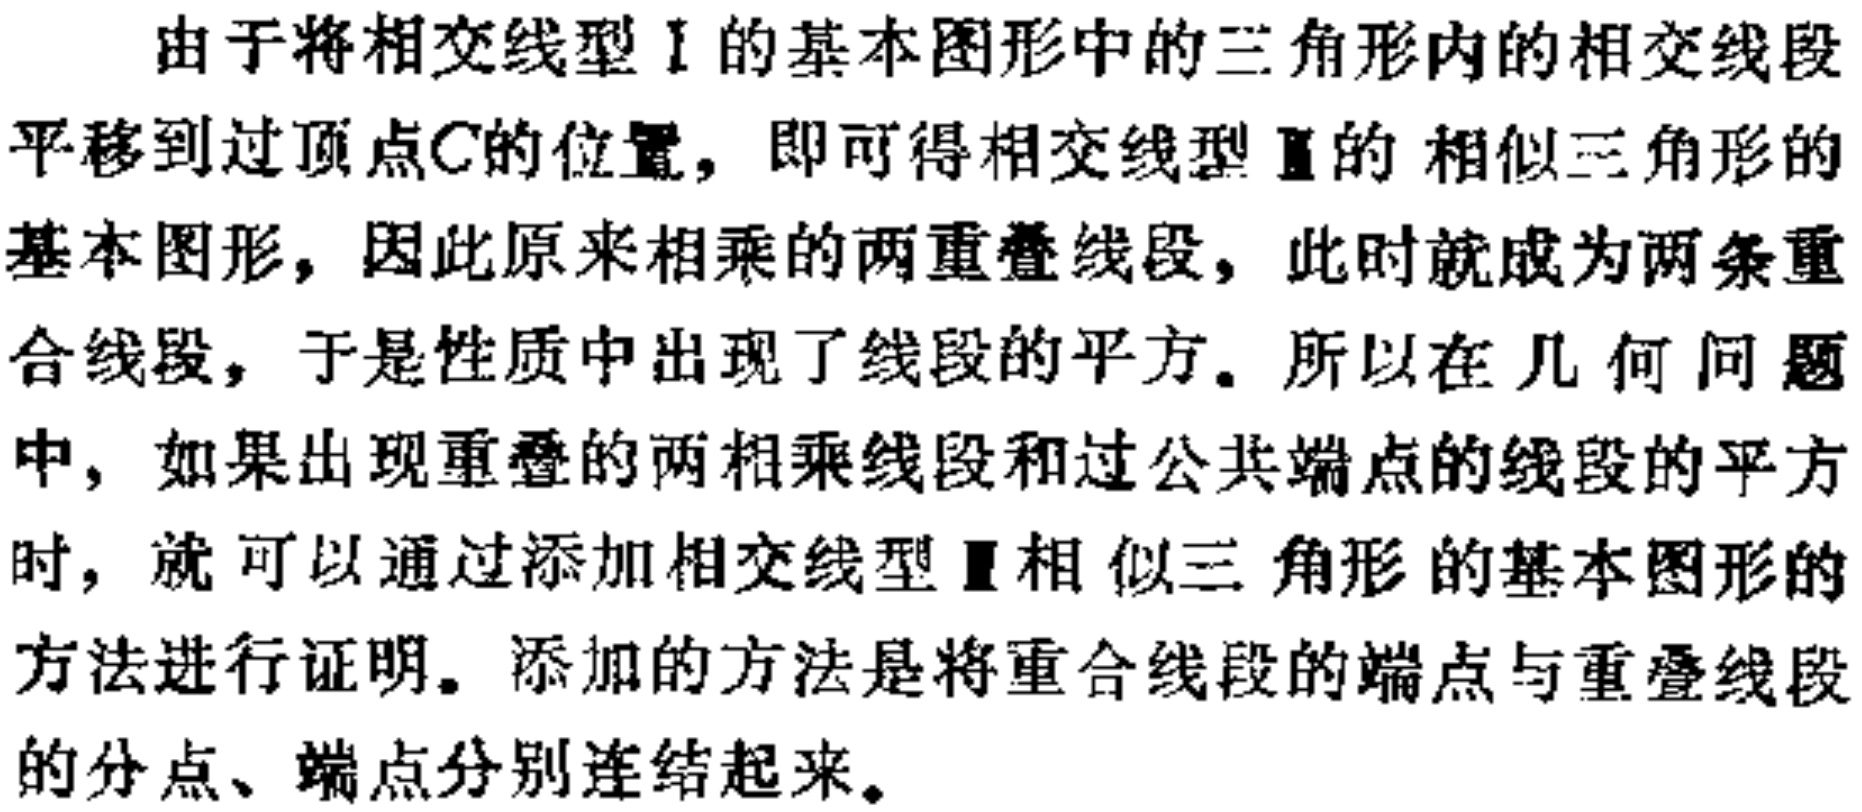
由于将相交线型I的基本图形中的三角形内的相交线段平移到过顶点\(C\)的位置，即可得相交线型Ⅱ的相似三角形的基本图形，因此原来相乘的两重叠线段，此时就成为两条重合线段，于是性质中出现了线段的平方。所以在几何问题中，如果出现重叠的两相乘线段和过公共端点的线段的平方时，就可以通过添加相交线型Ⅱ相似三角形的基本图形的方法进行证明。添加的方法是将重合线段的端点与重叠线段的分点、端点分别连结起来。